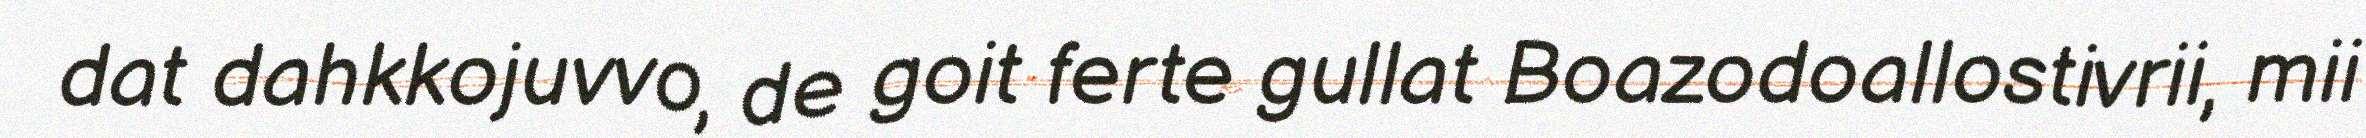
dat dahkkojuvvo, de goit ferte gullat Boazodoallostivrii, mii